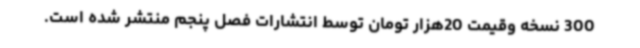
300 نسخه وقیمت 20هزار تومان توسط انتشارات فصل پنجم منتشر شده است.